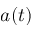
a ( t )